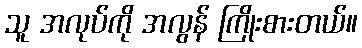
သူ အလုပ်ကို အလွန် ကြိုးစားတယ်။